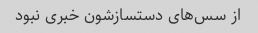
از سس‌های دستسازشون خبری نبود